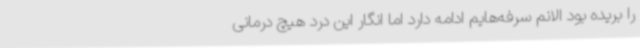
را بریده بود الانم سرفه‌هایم ادامه دارد اما انگار این درد هیچ درمانی